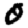
Digit: 0